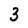
Character: 3